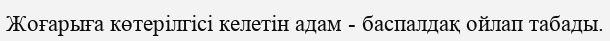
Жоғарыға көтерілгісі келетін адам - баспалдақ ойлап табады.